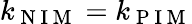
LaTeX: k_{\mathrm{~N~I~M~}}=k_{\mathrm{~P~I~M~}}